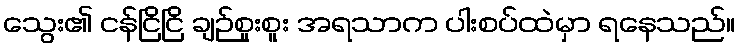
သွေး၏ ငန်ငြိငြိ ချဉ်စူးစူး အရသာက ပါးစပ်ထဲမှာ ရနေသည်။